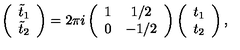
\left( \begin{array} { c } { { \tilde { t } } _ { 1 } } \\ { { \tilde { t } } _ { 2 } } \\ \end{array} \right) = 2 \pi i \left( \begin{array} { c c } { 1 } & { 1 / 2 } \\ { 0 } & { - 1 / 2 } \\ \end{array} \right) \left( \begin{array} { c } { t _ { 1 } } \\ { t _ { 2 } } \\ \end{array} \right) ,